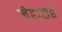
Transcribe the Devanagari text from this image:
जेद्दासह